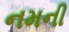
નમની